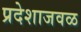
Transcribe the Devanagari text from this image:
प्रदेशाजवळ